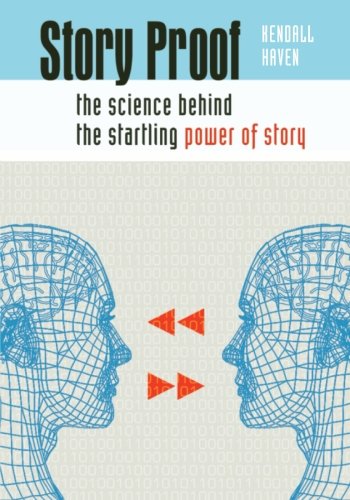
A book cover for Story Proof: The Science Behind the Startling Power of Story; Kendall Haven; Literature & Fiction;